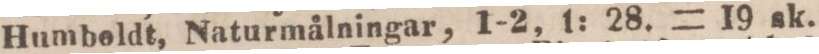
Humbeldt, Naturmålningar, 1-2, 1: 28. = 19 sk.